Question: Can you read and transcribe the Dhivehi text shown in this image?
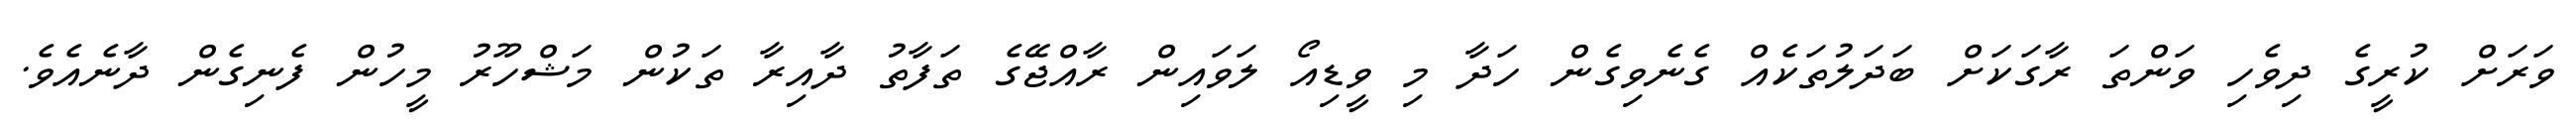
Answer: ވަރަށް ކުރީގެ ދިވެހި ވަންތަ ރާގަކަށް ބަދަލުތަކެއް ގެނެވިގެން ހަދާ މި ވީޑިއޯ ލަވައިން ރާއްޖޭގެ ތަފާތު ދާއިރާ ތަކުން މަޝްހޫރު މީހުން ފެނިގެން ދާނެއެވެ.